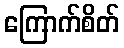
ကြောက်စိတ်